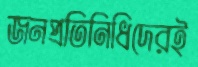
জনপ্রতিনিধিদেরই